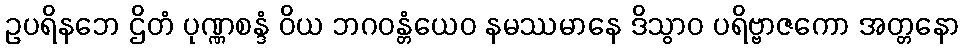
ဥပရိနဘေ ဌိတံ ပုဏ္ဏစန္ဒံ ဝိယ ဘဂဝန္တံယေဝ နမဿမာနေ ဒိသွာဝ ပရိဗ္ဗာဇကော အတ္တနော